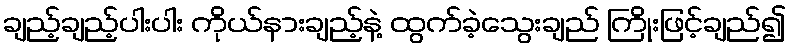
ချည့်ချည့်ပါးပါး ကိုယ်နားချည့်နဲ့ ထွက်ခဲ့သွေးချည် ကြိုးဖြင့်ချည်၍